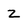
Character: z